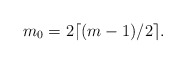
\begin{align*}m_0 = 2 \lceil (m-1)/2 \rceil.\end{align*}